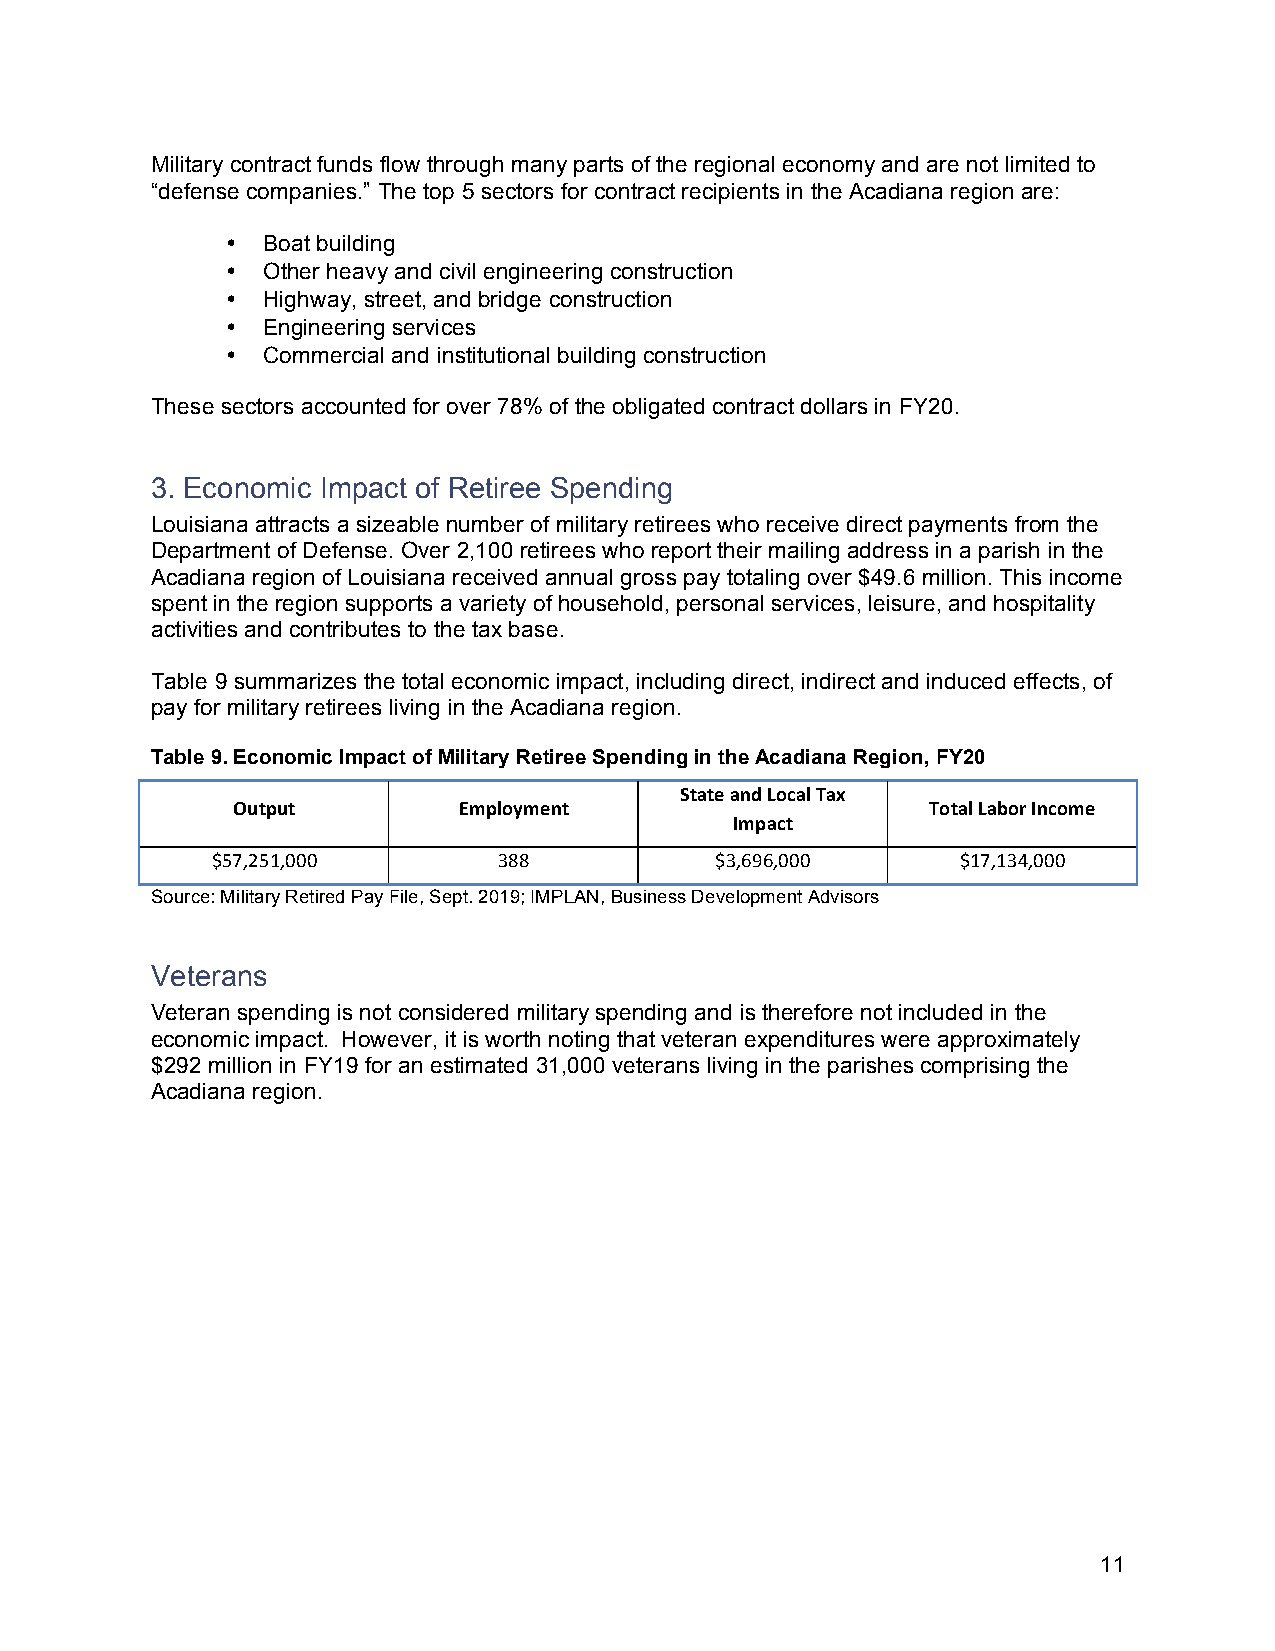
Military contract funds flow through many parts of the regional economy and are not limited to
 “defense companies.” The top 5 sectors for contract recipients in the Acadiana region are:
 • Boat building
 • Other heavy and civil engineering construction
 • Highway, street, and bridge construction
 • Engineering services
 • Commercial and institutional building construction
 These sectors accounted for over 78% of the obligated contract dollars in FY20.
 3. Economic Impact of Retiree Spending
 Louisiana attracts a sizeable number of military retirees who receive direct payments from the
 Department of Defense. Over 2,100 retirees who report their mailing address in a parish in the
 Acadiana region of Louisiana received annual gross pay totaling over $49.6 million. This income
 spent in the region supports a variety of household, personal services, leisure, and hospitality
 activities and contributes to the tax base.
 Table 9 summarizes the total economic impact, including direct, indirect and induced effects, of
 pay for military retirees living in the Acadiana region.
 Table 9. Economic Impact of Military Retiree Spending in the Acadiana Region, FY20
 State and Local Tax
 Output         Employment                      Total Labor Income
 Impact
 $57,251,000        388           $3,696,000       $17,134,000
 Source: Military Retired Pay File, Sept. 2019; IMPLAN, Business Development Advisors
 Veterans
 Veteran spending is not considered military spending and is therefore not included in the
 economic impact. However, it is worth noting that veteran expenditures were approximately
 $292 million in FY19 for an estimated 31,000 veterans living in the parishes comprising the
 Acadiana region.
 11